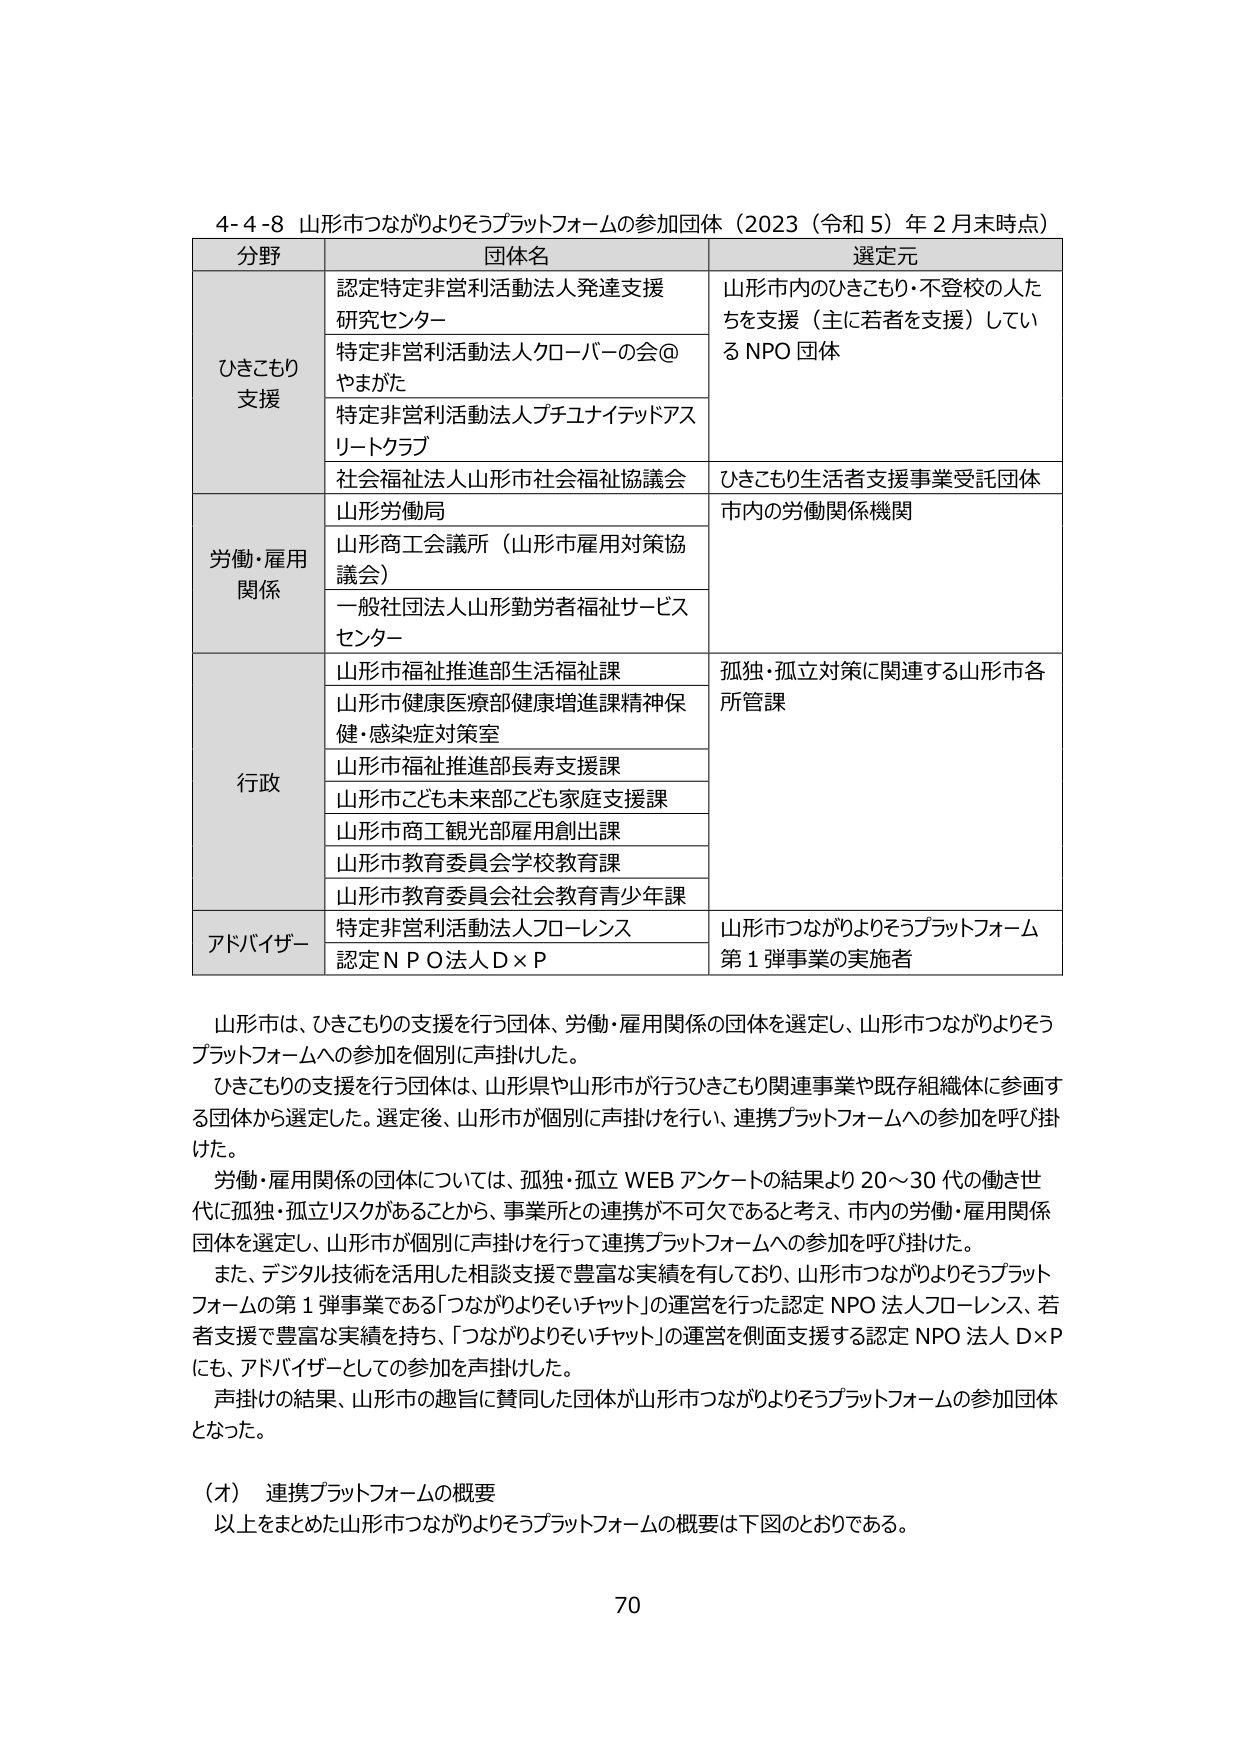
4-4-8 山形市つながりよりそうプラットフォームの参加団体（2023（令和5）年2月末時点）

分野	団体名	選定元
ひきこもり支援	認定特定非営利活動法人発達支援研究センター	山形市内のひきこもり・不登校の人たちを支援（主に若者を支援）しているNPO団体
	特定非営利活動法人クローバーの会@やまがた
	特定非営利活動法人プチユナイテッドアスリートクラブ
	社会福祉法人山形市社会福祉協議会	ひきこもり生活者支援事業受託団体
労働・雇用関係	山形労働局	市内の労働関係機関
	山形商工会議所（山形市雇用対策協議会）
	一般社団法人山形勤労者福祉サービスセンター
行政	山形市福祉推進部生活福祉課	孤独・孤立対策に関連する山形市各所管課
	山形市健康医療部健康増進課精神保健・感染症対策室
	山形市福祉推進部長寿支援課
	山形市こども未来部こども家庭支援課
	山形市商工観光部雇用創出課
	山形市教育委員会学校教育課
	山形市教育委員会社会教育青少年課
アドバイザー	特定非営利活動法人フローレンス	山形市つながりよりそうプラットフォーム第1弾事業の実施者
	認定NPO法人D×P

山形市は、ひきこもりの支援を行う団体、労働・雇用関係の団体を選定し、山形市つながりよりそうプラットフォームへの参加を個別に声掛けした。

ひきこもりの支援を行う団体は、山形県や山形市が行うひきこもり関連事業や既存組織体に参画する団体から選定した。選定後、山形市が個別に声掛けを行い、連携プラットフォームへの参加を呼び掛けた。

労働・雇用関係の団体については、孤独・孤立WEBアンケートの結果より20～30代の働き世代に孤独・孤立リスクがあることから、事業所との連携が不可欠であると考え、市内の労働・雇用関係団体を選定し、山形市が個別に声掛けを行って連携プラットフォームへの参加を呼び掛けた。

また、デジタル技術を活用した相談支援で豊富な実績を有しており、山形市つながりよりそうプラットフォームの第1弾事業である「つながりよりそいチャット」の運営を行った認定NPO法人フローレンス、若者支援で豊富な実績を持ち、「つながりよりそいチャット」の運営を側面支援する認定NPO法人D×Pにも、アドバイザーとしての参加を声掛けした。

声掛けの結果、山形市の趣旨に賛同した団体が山形市つながりよりそうプラットフォームの参加団体となった。

（オ） 連携プラットフォームの概要
以上をまとめた山形市つながりよりそうプラットフォームの概要は下図のとおりである。

70